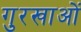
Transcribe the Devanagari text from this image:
गुरखाओं